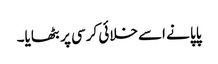
پاپا نے اسے خلائی کرسی پر بٹھایا۔